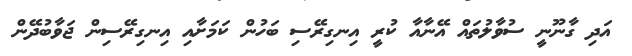
އަދި ގާނޫނީ ސުވާލުތައް އޭނާއާ ކުރީ އިނގިރޭސި ބަހުން ކަމަށާއި އިނގިރޭސިން ޖަވާބުދޭން